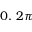
0 , \, 2 \pi